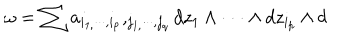
LaTeX: \omega = \sum _ { { } } a _ { i _ { 1 , } \cdot \cdot \cdot , i _ { p } } , _ { j _ { 1 , } \cdot \cdot \cdot , j _ { q } } d z _ { 1 } \wedge \cdot \cdot \cdot \wedge d z _ { i _ { p } } \wedge d